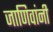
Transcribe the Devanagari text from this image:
जाणिवांनी